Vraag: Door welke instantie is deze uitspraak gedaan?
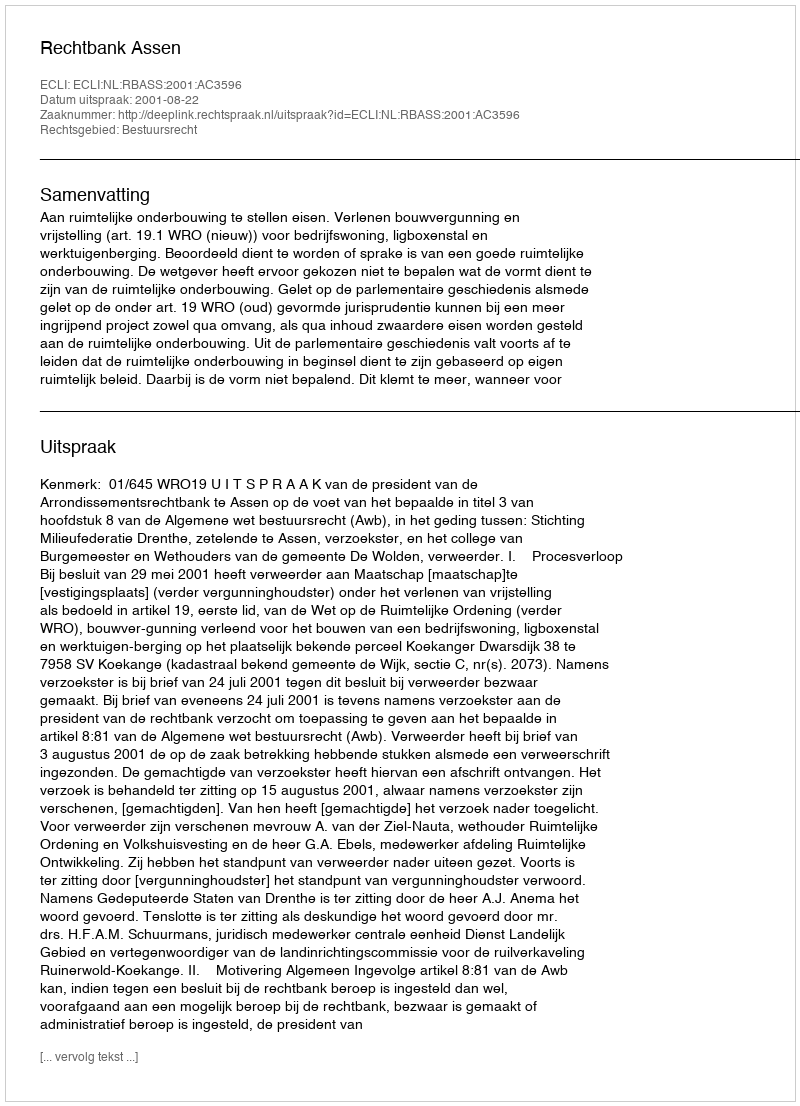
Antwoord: Rechtbank Assen